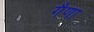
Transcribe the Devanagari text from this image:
गैणा